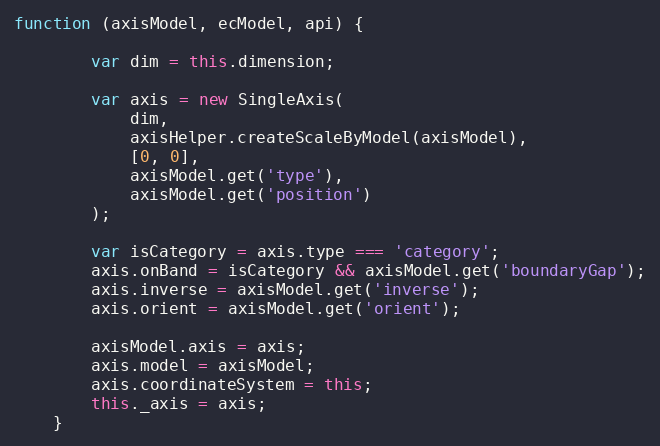
Language: JavaScript
function (axisModel, ecModel, api) {

        var dim = this.dimension;

        var axis = new SingleAxis(
            dim,
            axisHelper.createScaleByModel(axisModel),
            [0, 0],
            axisModel.get('type'),
            axisModel.get('position')
        );

        var isCategory = axis.type === 'category';
        axis.onBand = isCategory && axisModel.get('boundaryGap');
        axis.inverse = axisModel.get('inverse');
        axis.orient = axisModel.get('orient');

        axisModel.axis = axis;
        axis.model = axisModel;
        axis.coordinateSystem = this;
        this._axis = axis;
    }